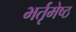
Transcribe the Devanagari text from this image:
भर्तृमेष्ठ